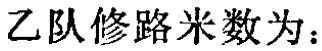
乙队修路米数为：